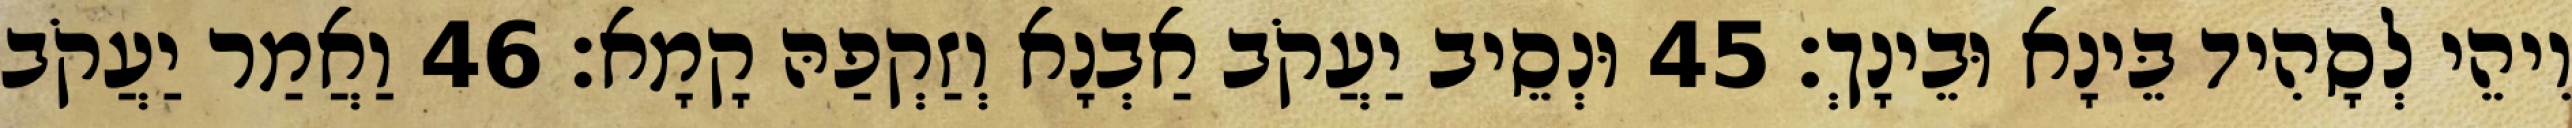
וִיהֵי לְסָהִיד בֵּינָא וּבֵינָךְ׃ 45 וּנְסֵיב יַעֲקֹב אַבְנָא וְזַקְפַהּ קָמָא׃ 46 וַאֲמַר יַעֲקֹב